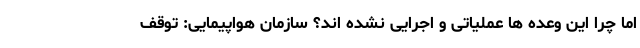
اما چرا این وعده ها عملیاتی و اجرایی نشده اند؟ سازمان هواپیمایی: توقف